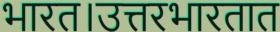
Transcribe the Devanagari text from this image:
भारत।उत्तरभारतात